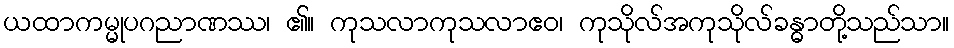
ယထာကမ္မုပဂညာဏဿ၊ ၏။ ကုသလာကုသလာဧဝ၊ ကုသိုလ်အကုသိုလ်ခန္ဓာတို့သည်သာ။